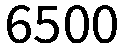
6500